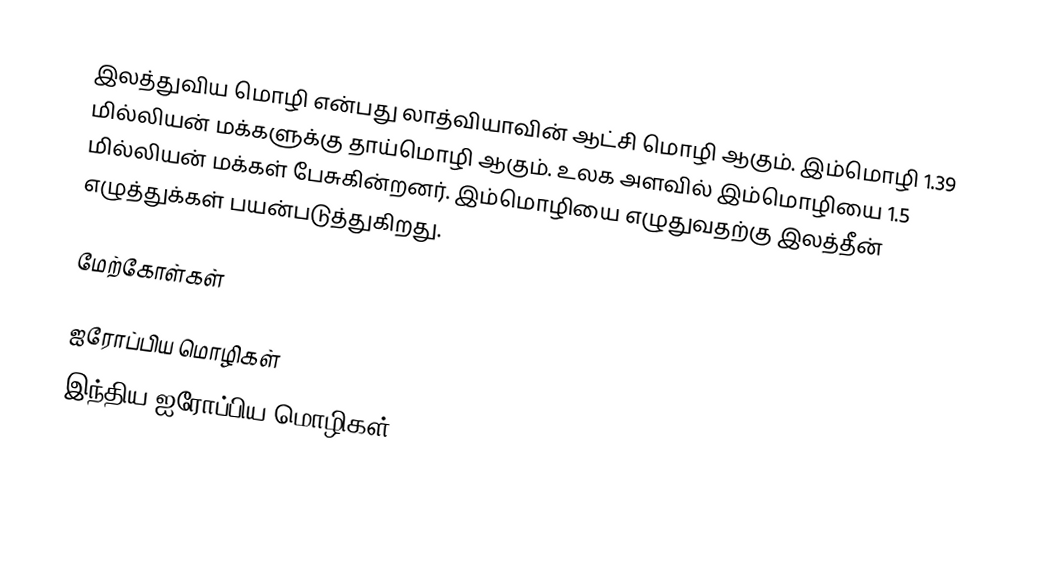
இலத்துவிய மொழி என்பது லாத்வியாவின் ஆட்சி மொழி ஆகும். இம்மொழி 1.39 மில்லியன் மக்களுக்கு தாய்மொழி ஆகும். உலக அளவில் இம்மொழியை 1.5 மில்லியன் மக்கள் பேசுகின்றனர். இம்மொழியை எழுதுவதற்கு இலத்தீன் எழுத்துக்கள் பயன்படுத்துகிறது.

மேற்கோள்கள்

ஐரோப்பிய மொழிகள்
இந்திய-ஐரோப்பிய மொழிகள்